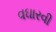
વઘારવી